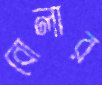
বোলার